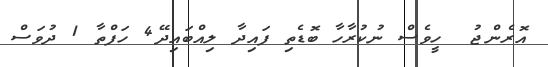
އޮރެންޖު  ހީވެސް ނުކުރާހާ ބޮޑެތި ފައިދާ ލިއްބައިދޭ4 ހަފްތާ 1 ދުވަސް